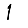
Digit: 1